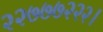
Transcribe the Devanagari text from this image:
२२७७७२२२।